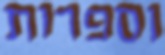
וספרות